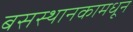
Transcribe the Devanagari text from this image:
बसस्थानकामधून